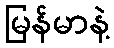
မြန်မာနဲ့